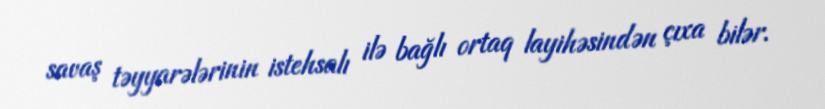
savaş təyyarələrinin istehsalı ilə bağlı ortaq layihəsindən çıxa bilər.